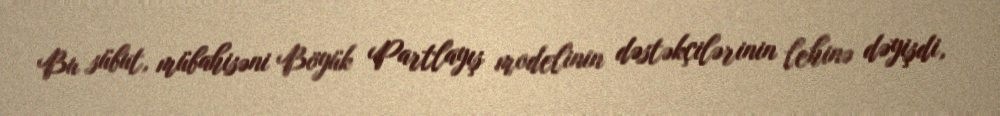
Bu sübut, mübahisəni Böyük Partlayış modelinin dəstəkçilərinin lehinə dəyişdi,